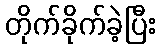
တိုက်ခိုက်ခဲ့ပြီး